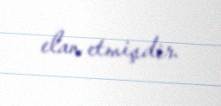
elan etmişdir.